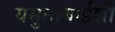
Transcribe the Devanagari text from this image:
यमुनाबाईशी